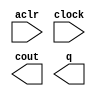
module cnt_reset (
	aclr,
	clock,
	cout,
	q);

	input	  aclr;
	input	  clock;
	output	  cout;
	output	[7:0]  q;

endmodule